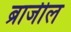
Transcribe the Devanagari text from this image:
ब्राजील